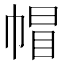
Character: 帽